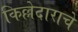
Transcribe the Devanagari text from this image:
किल्लेदाराचे